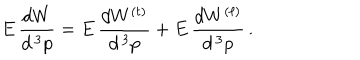
E \, \frac { d W } { d ^ { \, 3 } p } = E \, \frac { d W ^ { ( t ) } } { d ^ { \, 3 } p } + E \, \frac { d W ^ { ( \ell ) } } { d ^ { \, 3 } p } \, .